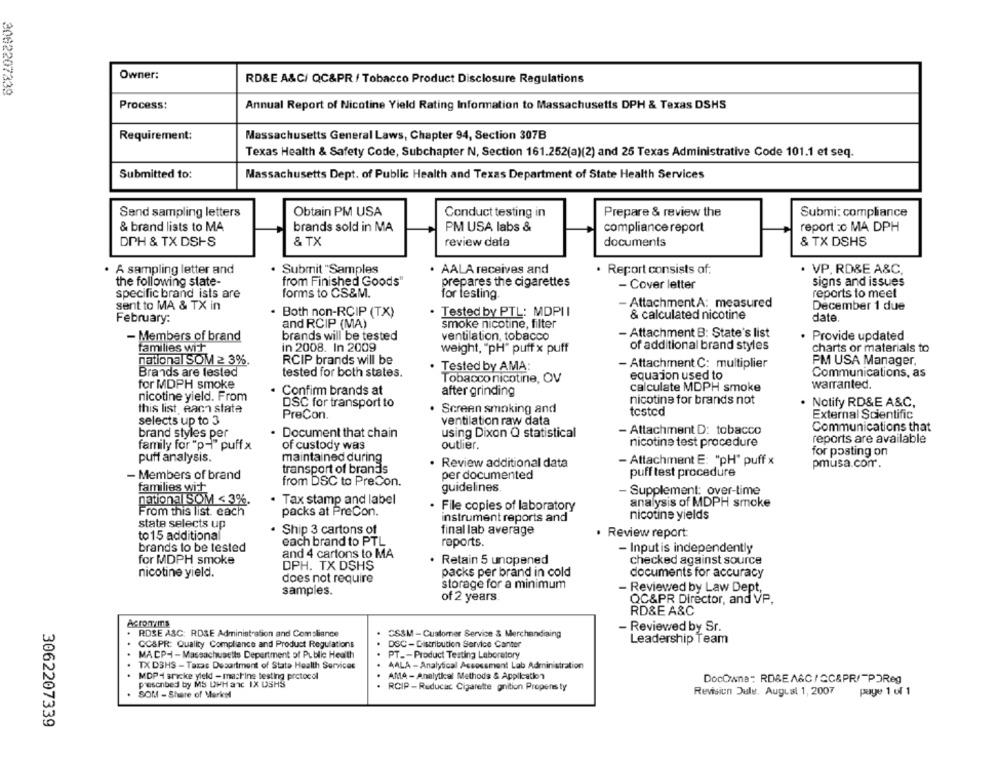
Owner:
RD&E A&C/ QC&PR / Tobacco Product Disclosure Regulations
3082207339
Process:
Annual Report of Nicotine Yield Rating Information to Massachusetts DPH & Texas DSHS
Requirement:
Massachusetts General Laws, Chapter 94, Section 307B
Texas Health & Safety Code, Subchapter N, Section 161.252(a)(2) and 25 Texas Administrative Code 101.1 et seq.
Submitted to:
Massachusetts Dept. of Public Health and Texas Department of State Health Services
Sand sampling letters
Obtain PM USA
Conduct testing in
Prepare & review the
Submi: compliance
& brand lists to MA
brands sold in MA
PM USA labs &
compliance report
report :o MA DPH
DPH & TX DSIS
& TX
review data
documents
& TX DSHS
A sampling letter and
Submit "Samples
. AALA receives and
· Report consists of:
· VP. RD&E A&C.
the following state-
from Finished Goods"
signs and issues
prepares the cigarettes
- Cover letter
specific brand ists are
forms to CS&M.
for testing
reports to meet
Attachment A: measured
sent to MA & TX in
Both non-RCIP (TX)
Tested by PTL: MDPII
December 1 due
February:
& calculated nicotine
date
and RCIP (MA)
smoke nicotine, filter
brands will be tested
ventilation, tobacco
- Attachment B: State's list
Provide updated
- Members of brand
families wit
in 2008. In 2009
weight, "pH" puff x puff
of additional brand styles
charts or materials to
national SOM 2 3%.
RCIP brands will be
· Tested by AMA:
- Attachment C: multiplier
PM USA Manager,
Brands are tested
tested for both states.
Communications, as
Tobacco nicotine, OV
equajon used to
for MDPH smoke
calculate MDPH smoke
warranted.
Confirm brands at
after grinding
nicotine yield. From
DSC for transport to
nicotine for brands not
Notify RD&E A&C,
this list each slate
. Screen smoking and
tested
PreCon.
External Scientific
selects up to 3
ventilation raw data
Communications that
brand styles per
. Document that chain
using Dixon Q statistical
- Attachment D: tobacco
reports are available
family for "p-"" puff x
of custody was
outlier.
nicotine test procedure
for posting on
puff analysis.
maintained during
Review additional data
- Attachment E: "pH" puff x
pmusa.com.
transport of brands
- Members of brand
per documented
puff test procedure
families wit
from DSC to PreCon.
guidelines
- Supplement: over-time
national SOM < 3%.
. Tax stamp and label
analysis of MDPH smoke
. File copies of laboratory
From this list. each
packs at PreCon.
instrument reports and
nicotine yields
state selects up
. Ship 3 cartons of
final lab average
Review report:
to 15 additional
each brand to PTL
brands to be tested
reports.
- Input is independently
and 4 cartons to MA
for MDPH smoke
Retain 5 unopened
checked against source
DPH. TX DSHS
nicotine yield.
does not require
packs per brand in cold
documents for accuracy
storage for a minimum
samples.
- Reviewed by Law Dept,
of 2 years.
QC&PR Director, and VP,
RD&E A&C
AcronYmTE
Reviewed by Sr.
ROSE ASC: RDZE Administration and Compliance
CS&M - Customer Service & Merchandising
Leadership Team
CC&PR: Quality Compliance and Product Regulations
DSC- Distribution Service Canter
MACPHI -Massachusetts Depertment of Public Health
PT _- Product Testing Laboratory
...
TX DSHS - Taxas Department of State Health Services
AALA - Analytical Assessment Lab Administration
MDP 4 snicke yield - machine testing protocol
AMA - Analytical Methods & Application
presenbed by MS DPH anc IX USHS
DocOwana: RDSEA&C /GC&PR/ POReg
RCIP - Reducac Cigarette gnition Propens ty
Revision Jule, August 1, 2007
page 1 of 1
SOM - Share of Market
3062207339